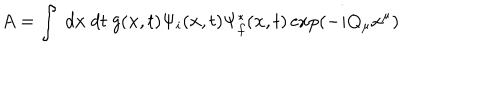
A = \int ~ d { \bf x } ~ d t ~ g ( { \bf x } , t ) \Psi _ { i } ( { \bf x } , t ) \Psi _ { f } ^ { * } ( { \bf x } , t ) \exp ( - i Q _ { \mu } x ^ { \mu } )